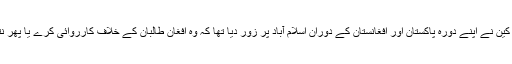
رواں ماہ کے آغاز میں سینیٹر میک کین نے اپنے دورہ پاکستان اور افغانستان کے دوران اسلام آباد پر زور دیا تھا کہ وہ افغان طالبان کے خلاف کارروائی کرے یا پھر نتائج بھگتنے کے لیے تیار ہو جائے۔